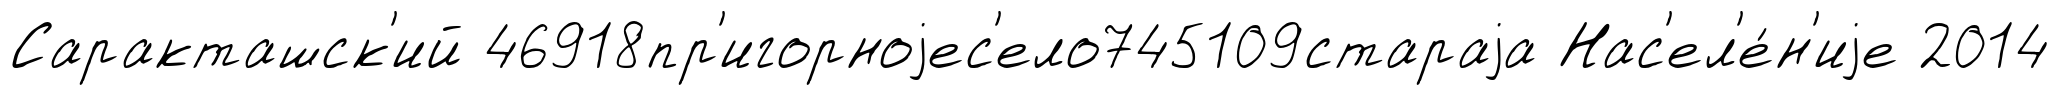
Саракташск'ий 46918пр'игорноjес'ело745109стараjа Нас'ел'е́н'иjе 2014